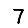
Digit: 7